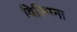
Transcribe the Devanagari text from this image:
विल्‍मिना